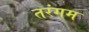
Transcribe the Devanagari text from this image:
तरंगम